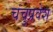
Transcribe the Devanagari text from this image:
चंचुप्रवेश